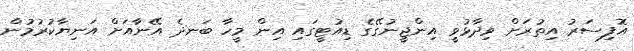
އޮފިސަރު އިތުރަށް ވިދާޅުވީ އިންޖީނުގޭގެ ޑިއުޓީގައި އިން މީހާ ބަނދެ އޭނާއަށް އަނިޔާކުރުމުން